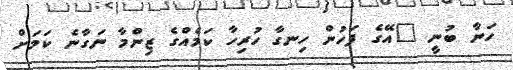
ހަނާ ބުނީ "އޭގެ ފަހުން ހިނގާ ހުރިހާ ކަމެއްގެ ޒިންމާ ނަގާނެ ކަމަށް